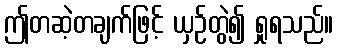
ဤတဆဲ့တချက်ဖြင့် ယှဉ်တွဲ၍ ရှုရသည်။